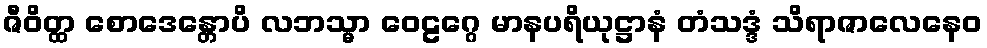
ဇီဝိတ္ထ စောဒေန္တောပိ လဘသ္မာ ဝေဠဂ္ဂေ မာနပရိယုဋ္ဌာနံ တံသဒ္ဒံ သိရာဇာလေနေဝ